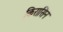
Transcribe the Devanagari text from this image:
किरासिन